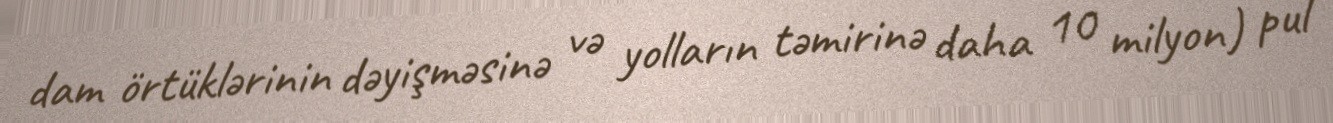
dam örtüklərinin dəyişməsinə və yolların təmirinə daha 10 milyon) pul